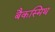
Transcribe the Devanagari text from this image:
बैकस्मिथ